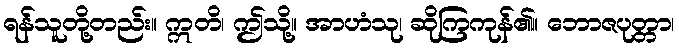
ရန်သူတို့တည်း။ ဣတိ၊ ဤသို့။ အာဟံသု၊ ဆိုကြကုန်၏။ ဘောဇပုတ္တာ၊